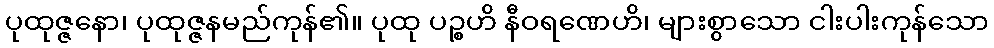
ပုထုဇ္ဇနော၊ ပုထုဇ္ဇနမည်ကုန်၏။ ပုထု ပဉ္စဟိ နီဝရဏေဟိ၊ များစွာသော ငါးပါးကုန်သော